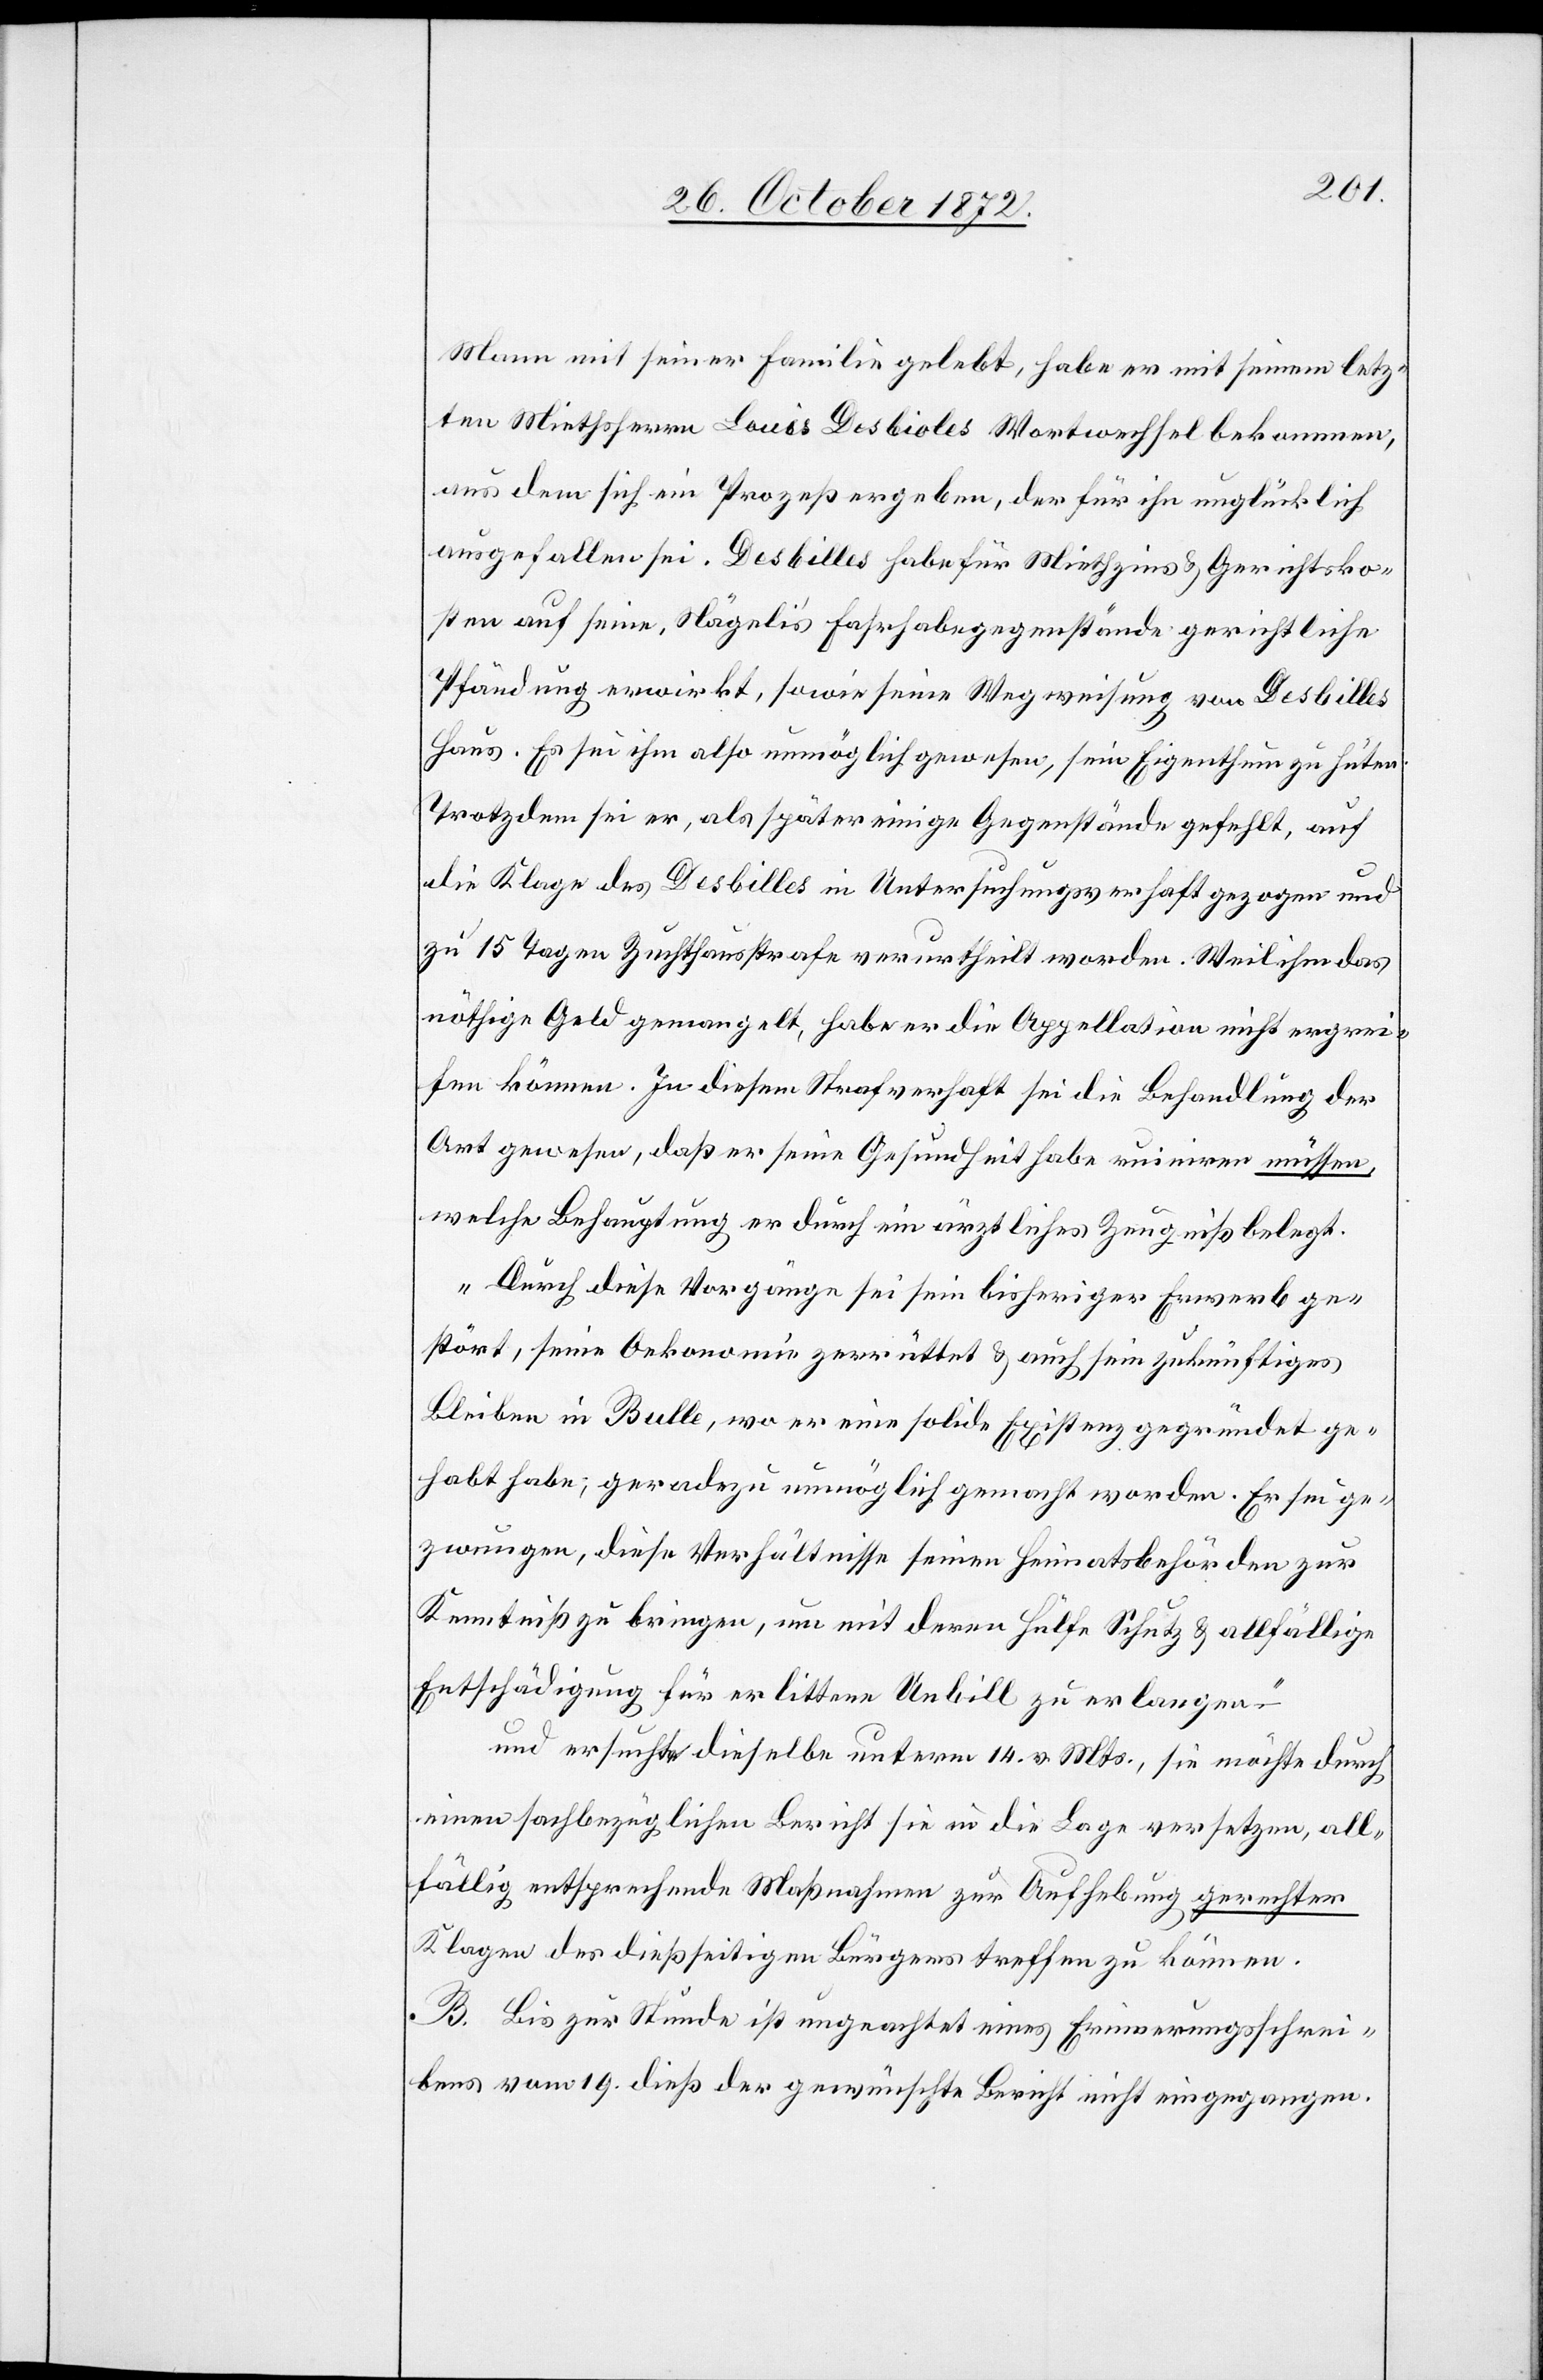
Mann mit seiner Familie gelebt, habe er mit seinem letz¬
ten Miethsherrn Louis Dosbioles Wortwechsel bekommen,
aus dem sich ein Prozeß ergeben, der für ihn unglücklich
ausgefallen sei. Desbilles [sic!] habe für Miethzins u. Gerichtsko¬
sten auf seine, Nägeli’s Fahrhabegegenstände gerichtliche
Pfändung erwirkt, sowie seine Wegweisung von Desbilles
Haus. Es sei ihm also unmöglich gewesen, sein Eigenthum zu hüten.
Trotzdem sei er, als später einige Gegenstände gefehlt, auf
die Klage des Desbilles in Untersuchungsverhaft gezogen und
zu 15 Tagen Zuchthausstrafe verurtheilt worden. Weil ihm das
nöthige Geld gemangelt, habe er die Appellation nicht ergrei¬
fen können. In diesem Strafverhaft sei die Behandlung der
Art gewesen, daß er seine Gesundheit habe ruiniren müssen,
welche Behauptung er durch ein ärztliches Zeugniß belegt.
„Durch diese Vorgänge sei sein bisheriger Erwerb ge¬
stört, seine Oekonomie zerrüttet u. auch sein zukünftiges
Bleiben in Bulle, wo er eine solide Existenz gegründet ge¬
habt habe, geradezu unmöglich gemacht worden. Er sei ge¬
zwungen, diese Verhältnisse seinen Heimatsbehörden zur
Kenntniß zu bringen, um mit deren Hülfe Schutz u. allfällige
Entschädigung für erlittene Unbill zu erlangen
und ersuchte dieselbe unterm 14. v. Mts., sie möchte durch
einen sachbezüglichen Bericht sie in die Lage versetzen, all¬
fällig entsprechende Maßnahmen zur Aufhebung gerechter
Klagen des dießseitigen Bürgers treffen zu können.
B. Bis zur Stunde ist ungeachtet eines Erinnerungsschrei¬
bens vom 19. dieß der gewünschte Bericht nicht eingegangen.